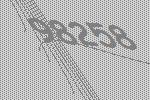
98258